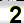
Digit: 2